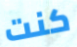
كنت